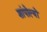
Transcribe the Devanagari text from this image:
शांपोल्यों